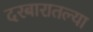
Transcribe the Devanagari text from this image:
दरबारातल्या